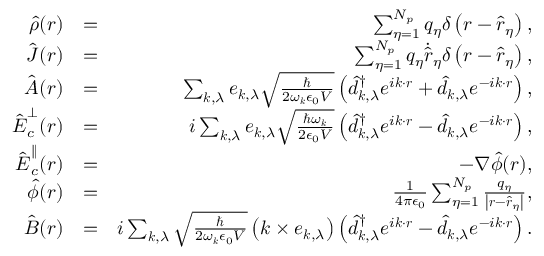
\begin{array} { r l r } { \hat { \rho } ( \boldsymbol r ) } & { = } & { \sum _ { \eta = 1 } ^ { N _ { p } } q _ { \eta } \delta \left( { \boldsymbol r } - \hat { \boldsymbol r } _ { \eta } \right) , } \\ { \hat { \boldsymbol J } ( \boldsymbol r ) } & { = } & { \sum _ { \eta = 1 } ^ { N _ { p } } q _ { \eta } \dot { \hat { \boldsymbol { r } } } _ { \eta } \delta \left( { \boldsymbol r } - \hat { \boldsymbol r } _ { \eta } \right) , } \\ { \hat { \boldsymbol A } ( \boldsymbol r ) } & { = } & { \sum _ { \boldsymbol k , \lambda } { \boldsymbol e } _ { \boldsymbol k , \lambda } \sqrt { \frac { \hbar } { 2 \omega _ { \boldsymbol k } \epsilon _ { 0 } V } } \left( \hat { d } _ { \boldsymbol k , \lambda } ^ { \dagger } e ^ { i \boldsymbol k \cdot \boldsymbol r } + \hat { d } _ { \boldsymbol k , \lambda } e ^ { - i \boldsymbol k \cdot \boldsymbol r } \right) , } \\ { \hat { \boldsymbol E } _ { c } ^ { \perp } ( \boldsymbol r ) } & { = } & { i \sum _ { \boldsymbol k , \lambda } { \boldsymbol e } _ { \boldsymbol k , \lambda } \sqrt { \frac { \hbar \omega _ { \boldsymbol k } } { 2 \epsilon _ { 0 } V } } \left( \hat { d } _ { \boldsymbol k , \lambda } ^ { \dagger } e ^ { i \boldsymbol k \cdot \boldsymbol r } - \hat { d } _ { \boldsymbol k , \lambda } e ^ { - i \boldsymbol k \cdot \boldsymbol r } \right) , } \\ { \hat { \boldsymbol E } _ { c } ^ { \parallel } ( \boldsymbol r ) } & { = } & { - \boldsymbol \nabla \hat { \phi } ( \boldsymbol r ) , } \\ { \hat { \phi } ( \boldsymbol r ) } & { = } & { \frac { 1 } { 4 \pi \epsilon _ { 0 } } \sum _ { \eta = 1 } ^ { N _ { p } } \frac { q _ { \eta } } { \left| \boldsymbol r - \hat { \boldsymbol r } _ { \eta } \right| } , } \\ { \hat { \boldsymbol B } ( \boldsymbol r ) } & { = } & { i \sum _ { \boldsymbol k , \lambda } \sqrt { \frac { \hbar } { 2 \omega _ { \boldsymbol k } \epsilon _ { 0 } V } } \left( \boldsymbol k \times { \boldsymbol e } _ { \boldsymbol k , \lambda } \right) \left( \hat { d } _ { \boldsymbol k , \lambda } ^ { \dagger } e ^ { i \boldsymbol k \cdot \boldsymbol r } - \hat { d } _ { \boldsymbol k , \lambda } e ^ { - i \boldsymbol k \cdot \boldsymbol r } \right) . } \end{array}